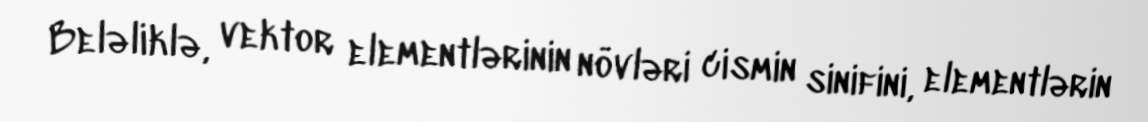
Beləliklə, vektor elementlərinin növləri cismin sinifini, elementlərin